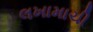
લખામાચી